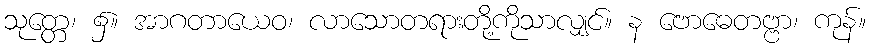
သုတ္တေ၊ ၌။ အာဂတာယေဝ၊ လာသောတရားတို့ကိုသာလျှင်။ န ဗောဓေတဗ္ဗာ၊ ကုန်။